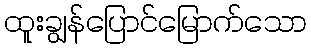
ထူးချွန်ပြောင်မြောက်သော